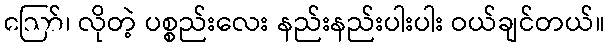
ဪ၊ လိုတဲ့ ပစ္စည်းလေး နည်းနည်းပါးပါး ဝယ်ချင်တယ်။